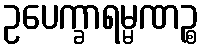
ဥပေက္ခာရမ္မဏဉ္စ